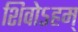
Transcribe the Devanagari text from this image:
शिवोऽहम्